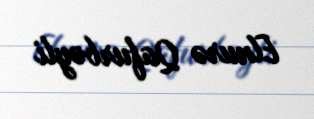
Elnurə Qafurbəyli